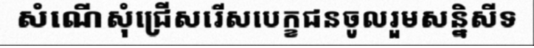
សំណើសុំជ្រើសរើសបេក្ខជនចូលរួមសន្និសីទ